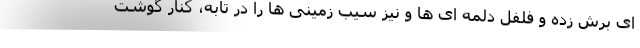
ای برش زده و فلفل دلمه ای ها و نیز سیب زمینی ها را در تابه، کنار گوشت